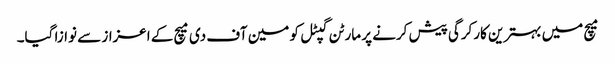
میچ میں بہترین کارکرگی پیش کرنے پر مارٹن گپٹل کو مین آف دی میچ کے اعزاز سے نوازا گیا۔